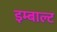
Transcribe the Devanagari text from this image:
इम्बाल्ट